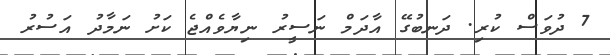
7 ދުވަސް ކުރި. ދަނބުގޭ އާދަމް ނަސީރު ނިޔާވެއްޖެ ކަށު ނަމާދު އަސުރު